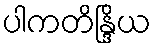
ပါကတိန္ဒြိယ